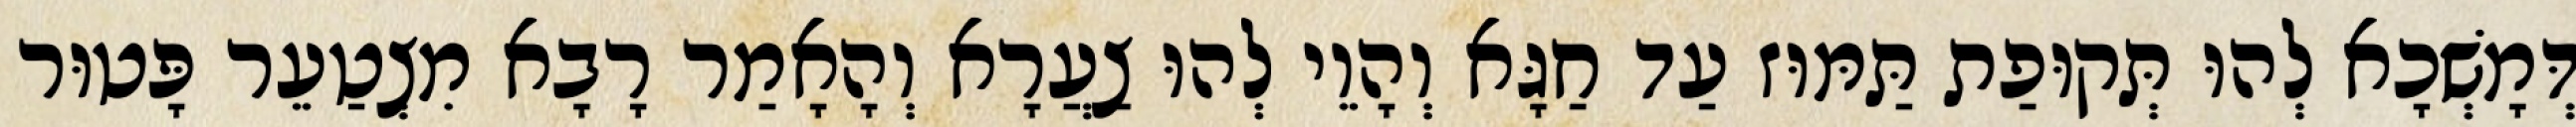
דְּמָשְׁכָא לְהוּ תְּקוּפַת תַּמּוּז עַד חַגָּא וְהָוֵי לְהוּ צַעֲרָא וְהָאָמַר רָבָא מִצְטַעֵר פָּטוּר